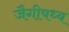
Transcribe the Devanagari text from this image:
जैगीषध्य